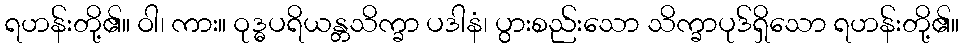
ရဟန်းတို့၏။ ဝါ၊ ကား။ ဝုဒ္ဓပရိယန္တသိက္ခာ ပဒါနံ၊ ပွားစည်းသော သိက္ခာပုဒ်ရှိသော ရဟန်းတို့၏။